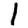
Digit: 1